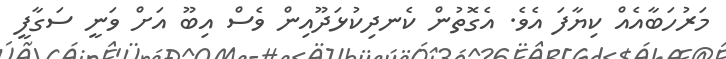
މަރުހަބާއެއް ކިޔާފަ އެވެ. އެގޮތުން ކެނދިކުޅަދޫއިން ވެސް އިބޫ އަށް ވަނީ ސަގާފީ